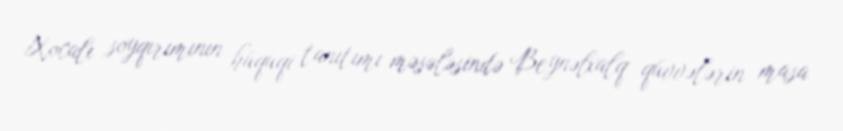
Xocalı soyqırımının hüquqi tanıtımı məsələsində Beynəlxalq qüvvələrin masa